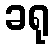
ခရု